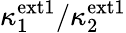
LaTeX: \kappa_{1}^{\mathrm{ext1}}/\kappa_{2}^{\mathrm{ext1}}